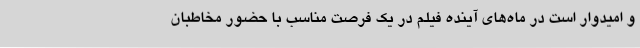
و امیدوار است در ماه‌های آینده فیلم در یک فرصت مناسب با حضور مخاطبان